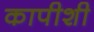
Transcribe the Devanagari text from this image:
कापीशी